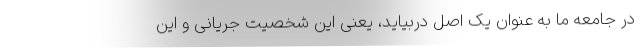
در جامعه ما به عنوان یک اصل دربیاید، یعنی این شخصیت جریانی و این